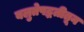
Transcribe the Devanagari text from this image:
बलुतेपद्धतीतून